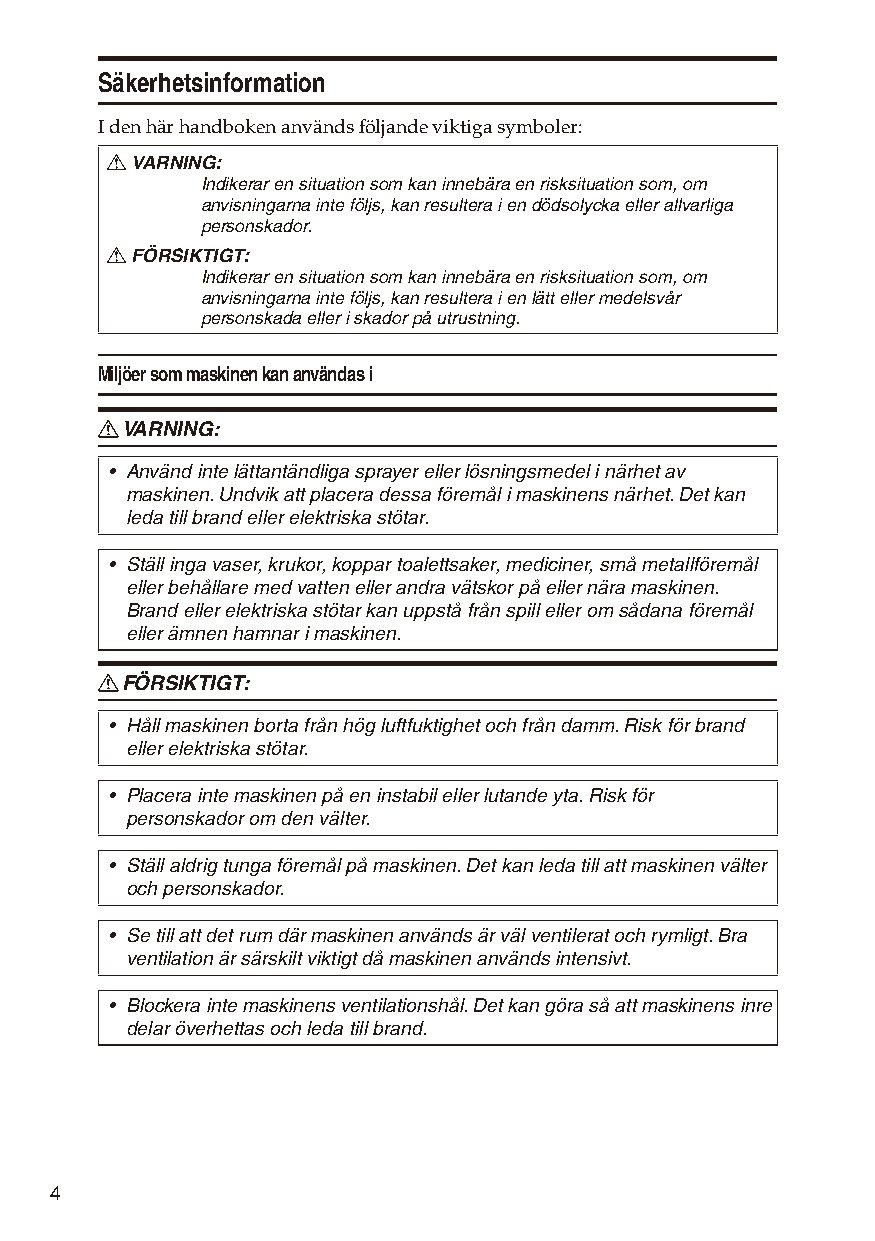
Säkerhetsinformation
 I den här handboken används följande viktiga symboler:
 R VARNING:
 Indikerar en situation som kan innebära en risksituation som, om
 anvisningarna inte följs, kan resultera i en dödsolycka eller allvarliga
 personskador.
 R FÖRSIKTIGT:
 Indikerar en situation som kan innebära en risksituation som, om
 anvisningarna inte följs, kan resultera i en lätt eller medelsvår
 personskada eller i skador på utrustning.
 Miljöer som maskinen kan användas i
 R VARNING:
 • Använd inte lättantändliga sprayer eller lösningsmedel i närhet av
 maskinen. Undvik att placera dessa föremål i maskinens närhet. Det kan
 leda till brand eller elektriska stötar.
 • Ställ inga vaser, krukor, koppar toalettsaker, mediciner, små metallföremål
 eller behållare med vatten eller andra vätskor på eller nära maskinen.
 Brand eller elektriska stötar kan uppstå från spill eller om sådana föremål
 eller ämnen hamnar i maskinen.
 R FÖRSIKTIGT:
 • Håll maskinen borta från hög luftfuktighet och från damm. Risk för brand
 eller elektriska stötar.
 • Placera inte maskinen på en instabil eller lutande yta. Risk för
 personskador om den välter.
 • Ställ aldrig tunga föremål på maskinen. Det kan leda till att maskinen välter
 och personskador.
 • Se till att det rum där maskinen används är väl ventilerat och rymligt. Bra
 ventilation är särskilt viktigt då maskinen används intensivt.
 • Blockera inte maskinens ventilationshål. Det kan göra så att maskinens inre
 delar överhettas och leda till brand.
 4